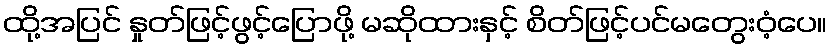
ထို့အပြင် နှုတ်ဖြင့်ဖွင့်ပြောဖို့ မဆိုထားနှင့် စိတ်ဖြင့်ပင်မတွေးဝံ့ပေ။